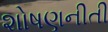
શોષણનીતી